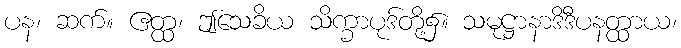
ပန၊ ဆက်။ ဧတ္ထ၊ ဤသေခိယ သိက္ခာပုဒ်တို့၌။ သမုဋ္ဌာနာဒိဒီပနတ္ထာယ၊